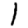
Digit: 1